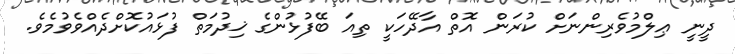
ދީނީ ޢިލްމުވެރިންނަށް ކުރަން އޮތް އާދޭހަކީ ތިއަ ބޭފުޅުންގެ ޚިދުމަތް ފުޅައުކޮށްދެއްވެވުމެވެ.